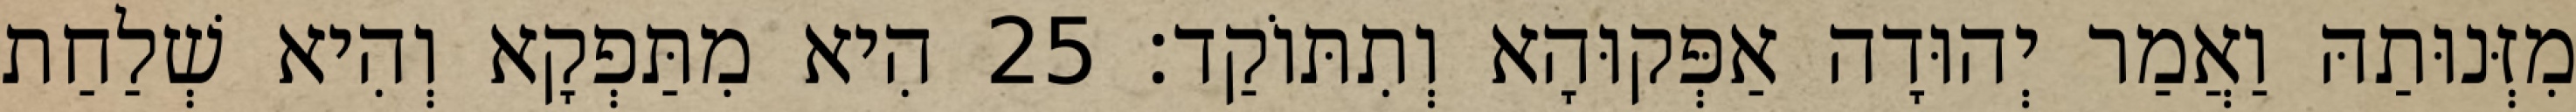
מִזְּנוּתַהּ וַאֲמַר יְהוּדָה אַפְּקוּהָא וְתִתּוֹקַד׃ 25 הִיא מִתַּפְקָא וְהִיא שְׁלַחַת